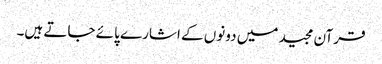
قرآن مجید میں دونوں کے اشارے پائے جاتے ہیں۔